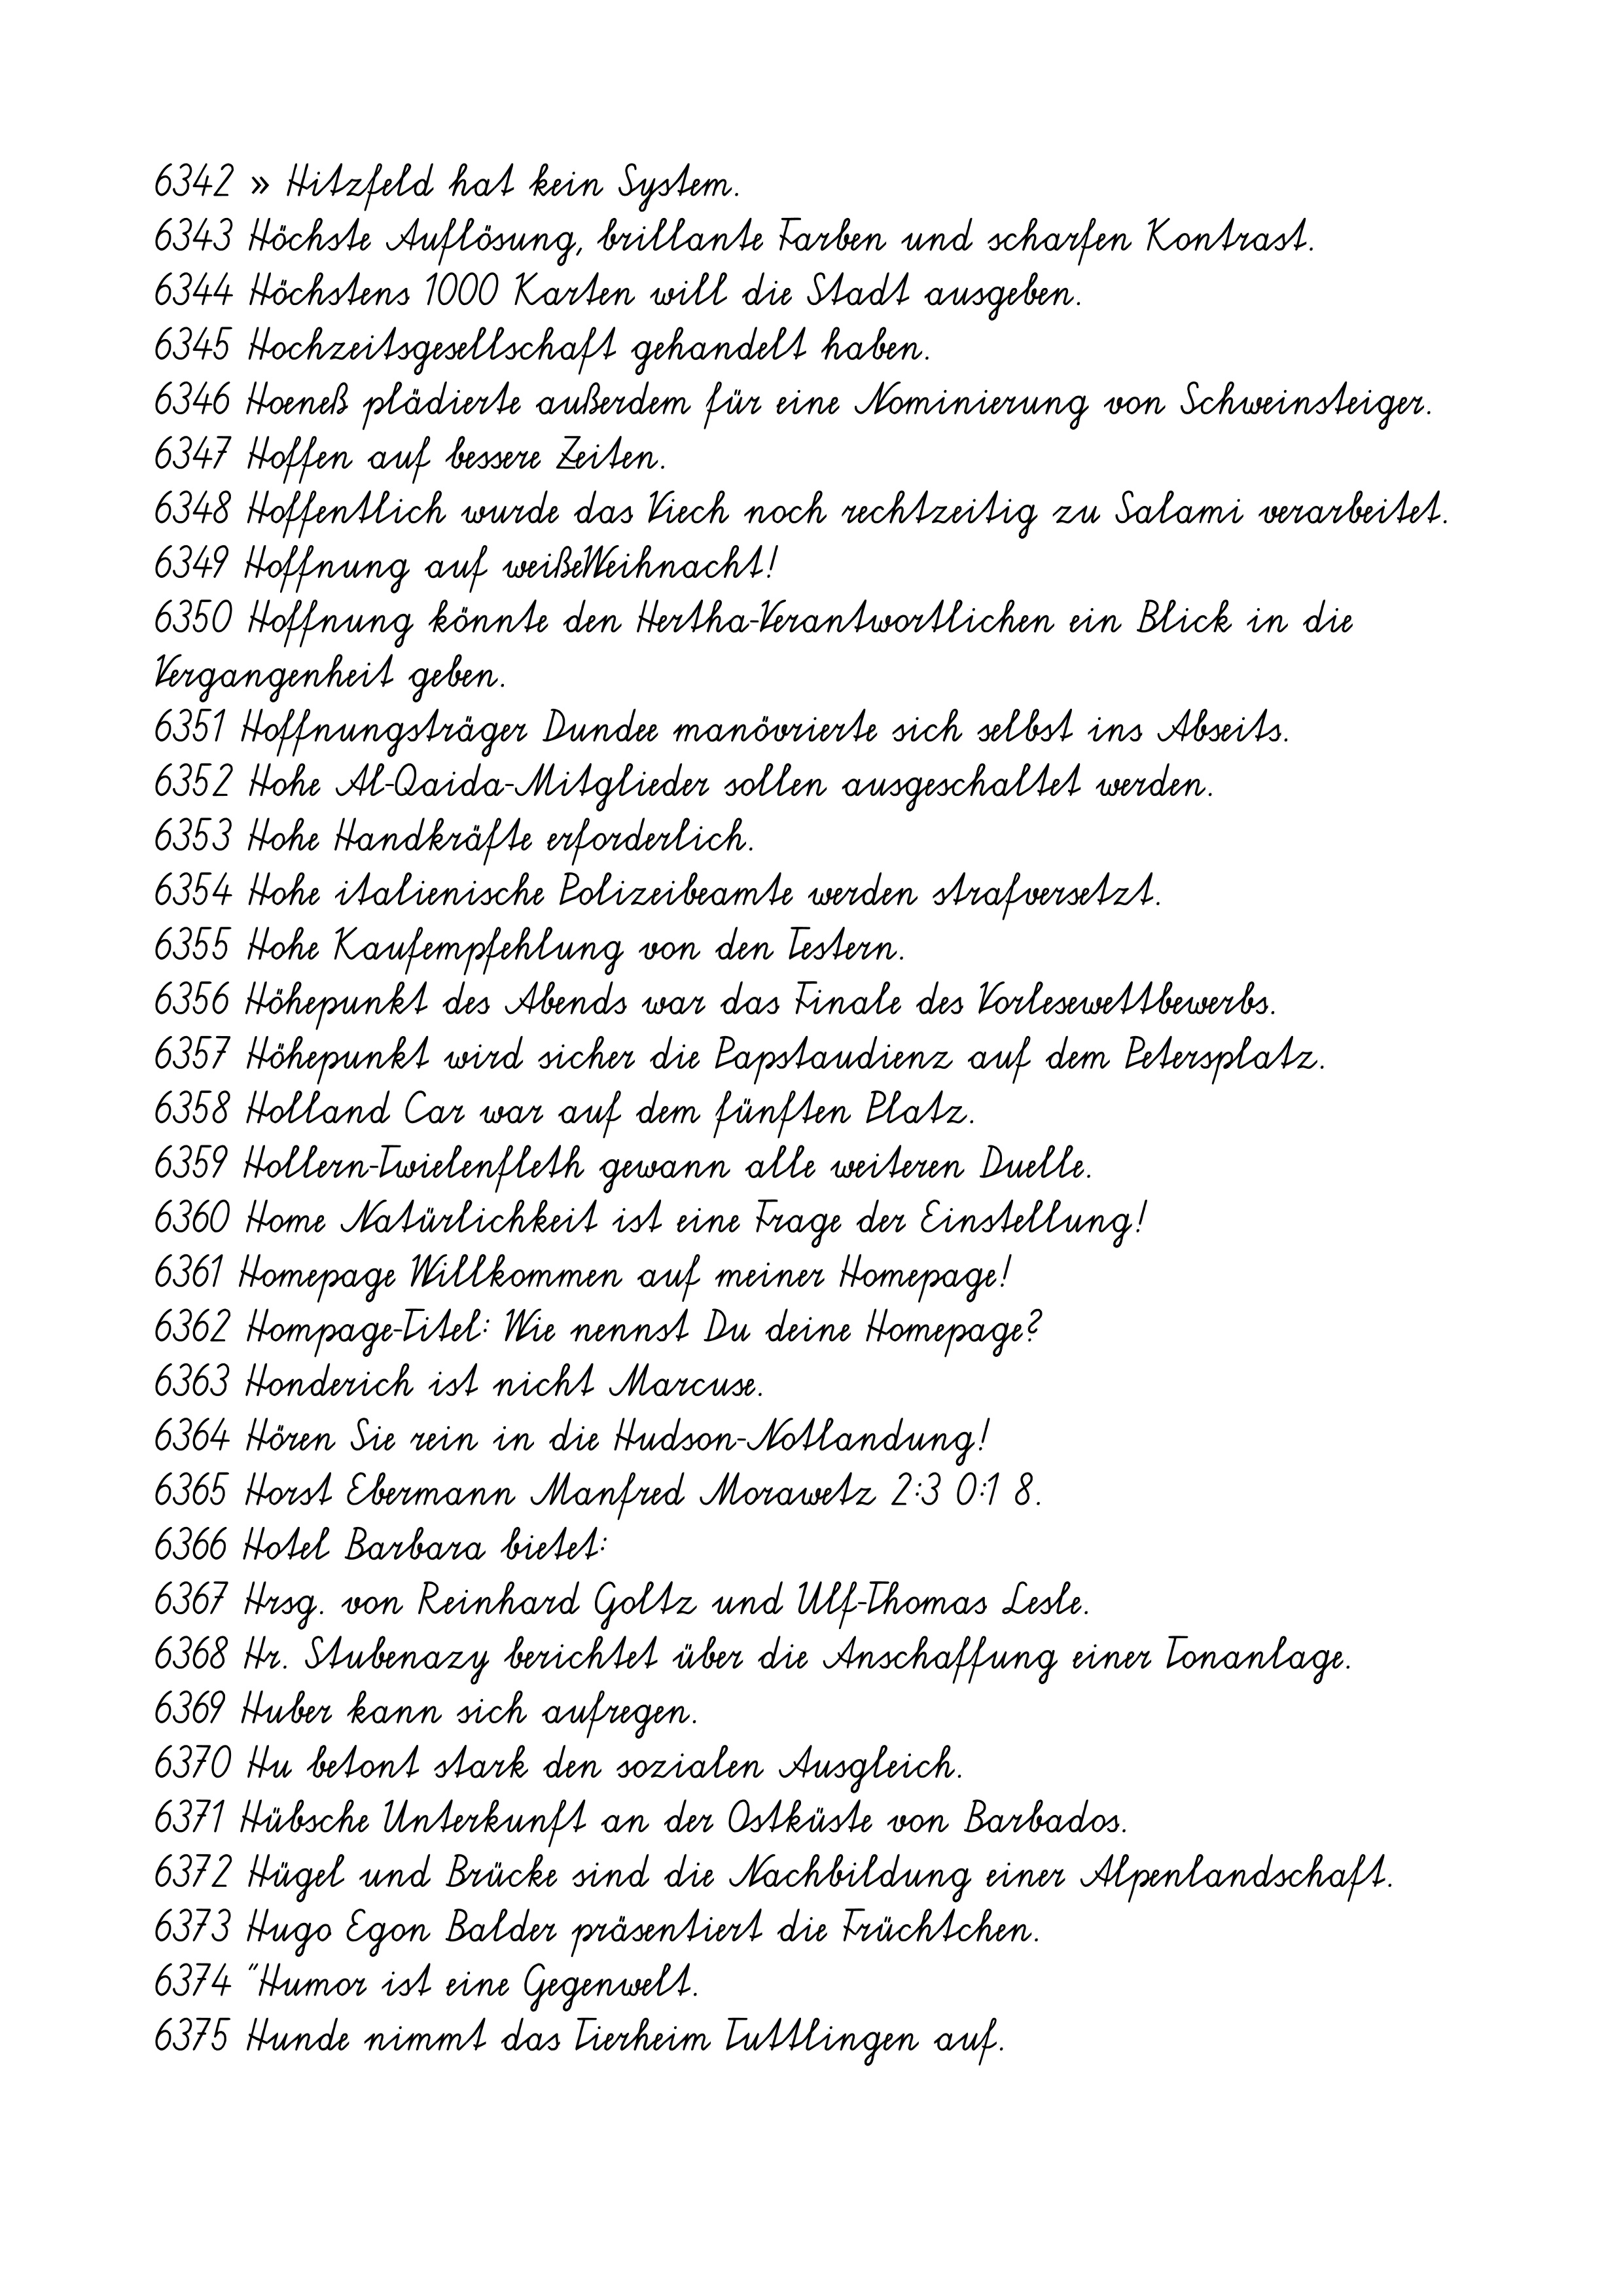
6342 » Hitzfeld hat kein System.
6343 Höchste Auflösung, brillante Farben und scharfen Kontrast.
6344 Höchstens 1000 Karten will die Stadt ausgeben.
6345 Hochzeitsgesellschaft gehandelt haben.
6346 Hoeneß plädierte außerdem für eine Nominierung von Schweinsteiger.
6347 Hoffen auf bessere Zeiten.
6348 Hoffentlich wurde das Viech noch rechtzeitig zu Salami verarbeitet.
6349 Hoffnung auf weißeWeihnacht!
6350 Hoffnung könnte den Hertha-Verantwortlichen ein Blick in die
Vergangenheit geben.
6351 Hoffnungsträger Dundee manövrierte sich selbst ins Abseits.
6352 Hohe Al-Qaida-Mitglieder sollen ausgeschaltet werden.
6353 Hohe Handkräfte erforderlich.
6354 Hohe italienische Polizeibeamte werden strafversetzt.
6355 Hohe Kaufempfehlung von den Testern.
6356 Höhepunkt des Abends war das Finale des Vorlesewettbewerbs.
6357 Höhepunkt wird sicher die Papstaudienz auf dem Petersplatz.
6358 Holland Car war auf dem fünften Platz.
6359 Hollern-Twielenfleth gewann alle weiteren Duelle.
6360 Home Natürlichkeit ist eine Frage der Einstellung!
6361 Homepage Willkommen auf meiner Homepage!
6362 Hompage-Titel: Wie nennst Du deine Homepage?
6363 Honderich ist nicht Marcuse.
6364 Hören Sie rein in die Hudson-Notlandung!
6365 Horst Ebermann Manfred Morawetz 2:3 0:1 8.
6366 Hotel Barbara bietet:
6367 Hrsg. von Reinhard Goltz und Ulf-Thomas Lesle.
6368 Hr. Stubenazy berichtet über die Anschaffung einer Tonanlage.
6369 Huber kann sich aufregen.
6370 Hu betont stark den sozialen Ausgleich.
6371 Hübsche Unterkunft an der Ostküste von Barbados.
6372 Hügel und Brücke sind die Nachbildung einer Alpenlandschaft.
6373 Hugo Egon Balder präsentiert die Früchtchen.
6374 "Humor ist eine Gegenwelt.
6375 Hunde nimmt das Tierheim Tuttlingen auf.